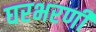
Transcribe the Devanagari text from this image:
घरभरणी